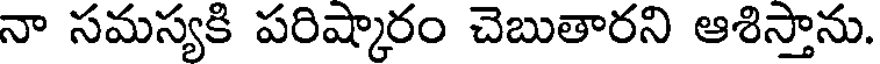
నా సమస్యకి పరిష్కారం చెబుతారని ఆశిస్తాను.